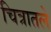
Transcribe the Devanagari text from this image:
चित्रातले